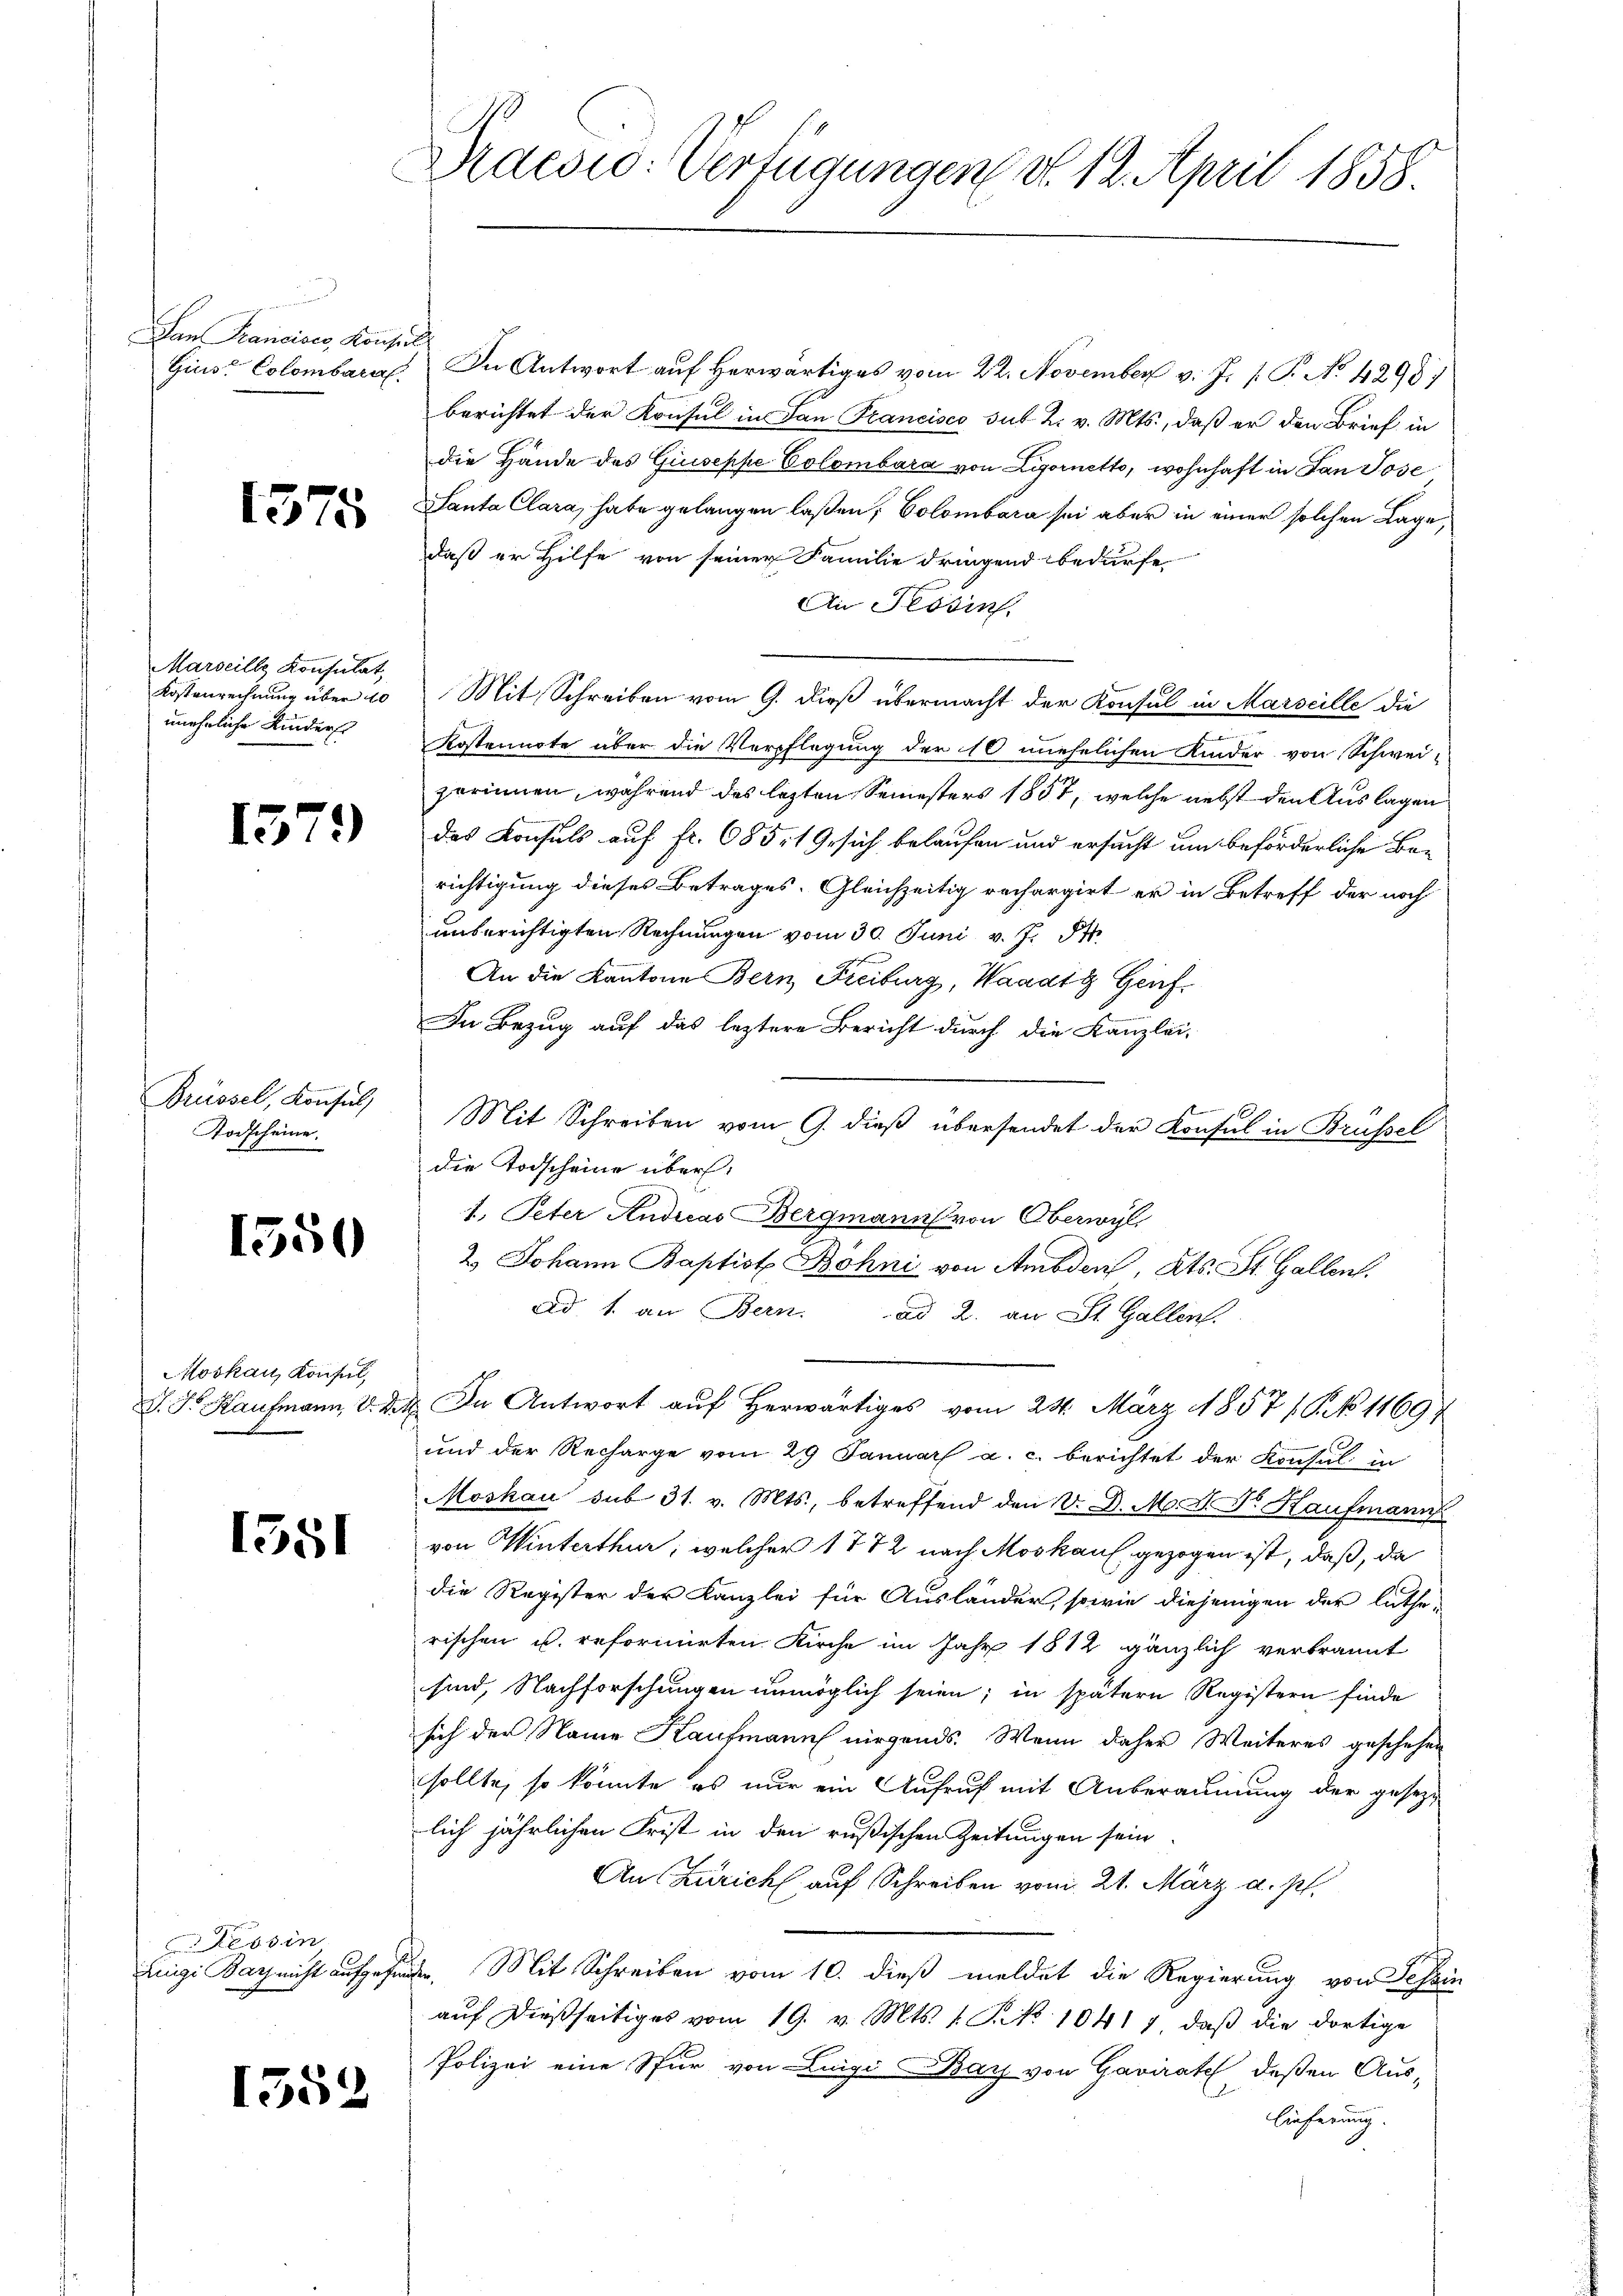
San Francises, Konsul

1575

Marseille Konsulat,
unehrliche Kinders

1379

Brüssel, Konsul,
Todscheine

1550

Moskau, Konsul

1351

Tessin

1552

Praesio: Verfügungen d. 12. April 1858.

Gins: Colombara. In Antwort auf herwärtiges vom 22. November v. J. P. No 4293)
berichtet der Konsul in San Francisco sut 2. v. Mts., daß er den Brief in
die Hände des Giuseppe Colombara von Livornetto, wohnhaft in San Jose
Santa Clara, habe gelangen laßen; Colombara sei aber in einer solchen Lage,
daß er Hilfe von seiner Familie dringend bedürfe
Ai Tessin
Kostenrechnung über 10 Mit Schreiben vom 9. dieß übermacht der Konsul in Marseille die
Kostennote aber die Verpflegung der 10 unehelichen Kinder von Schwei-
zerinnen, während des lezten Semesters 1857, welche nebst den Auslagen
das Konsuls auf fr. 685 1 Gesich belaufen und ersucht um beförderliche Berichtigung dieses Betrages. Gleichzeitig rechergirt er in Betreff der noch
unberichtigten Rechnungen vom 30. Juni v. J. St.
An die Kantone Bern Freiburg, Waadt Genf¬
In Bezug auf das leztere Bericht durch die Kanzlei-
Mit Schreiben vom 9. dieß übersendet der Konsul in Brüssel
die Todscheine über.
1. Peter Audieas Bergmann von Oberwyl,
2.) Johann Baptist Bohni von Ambden, Kts. St. Gallen.
ad 1. an Bern. ad 2. an St. Gallens.
d. J. Hausmann, V. dat. In Antwort auf Herwärtiges vom 24. März 1857 / P No 11604
und der Recharge vom 29 Januar a. c. berichtet der Konsul in
Moskau sub 31. v. Mts., betreffend den V. D. M. D. Dr. Kaufmann
von Winterthur, welcher 1772 nach Moskauf gezogen ist, daß, da
die Register der Kanzlei für Ausländer, sowie diejenigen der luthe
rischen u. reformirten Kirche im Jahr 1812 gänzlich verbrannt
sind, Nachforschungen unmöglich seien; in spätern Registern finde
sich der Name Kaufmann nirgends. Wenn daher Weiteres geschehen
sollte, so könnte es nur ein Aufruf mit Anberäumung der gesezlich jährlichen Frist in den rußischen Zeitungen sein
Au Züricht auf Schreiben vom 21. März d. pl.
uigi Bach nicht aufgefunden. Mit Schreiben vom 10. dieß meldet die Regierung von Tessin
aŭf dießseitiges vom 19. v. Mts. 1. No 10417, daß die dortige
Polizei eine Spur von Luigi Bay von Gavirate deßen Auslieferung.